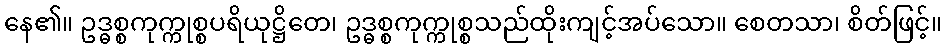
နေ၏။ ဥဒ္ဓစ္စကုက္ကုစ္စပရိယုဋ္ဌိတေ၊ ဥဒ္ဓစ္စကုက္ကုစ္စသည်ထိုးကျင့်အပ်သော။ စေတသာ၊ စိတ်ဖြင့်။